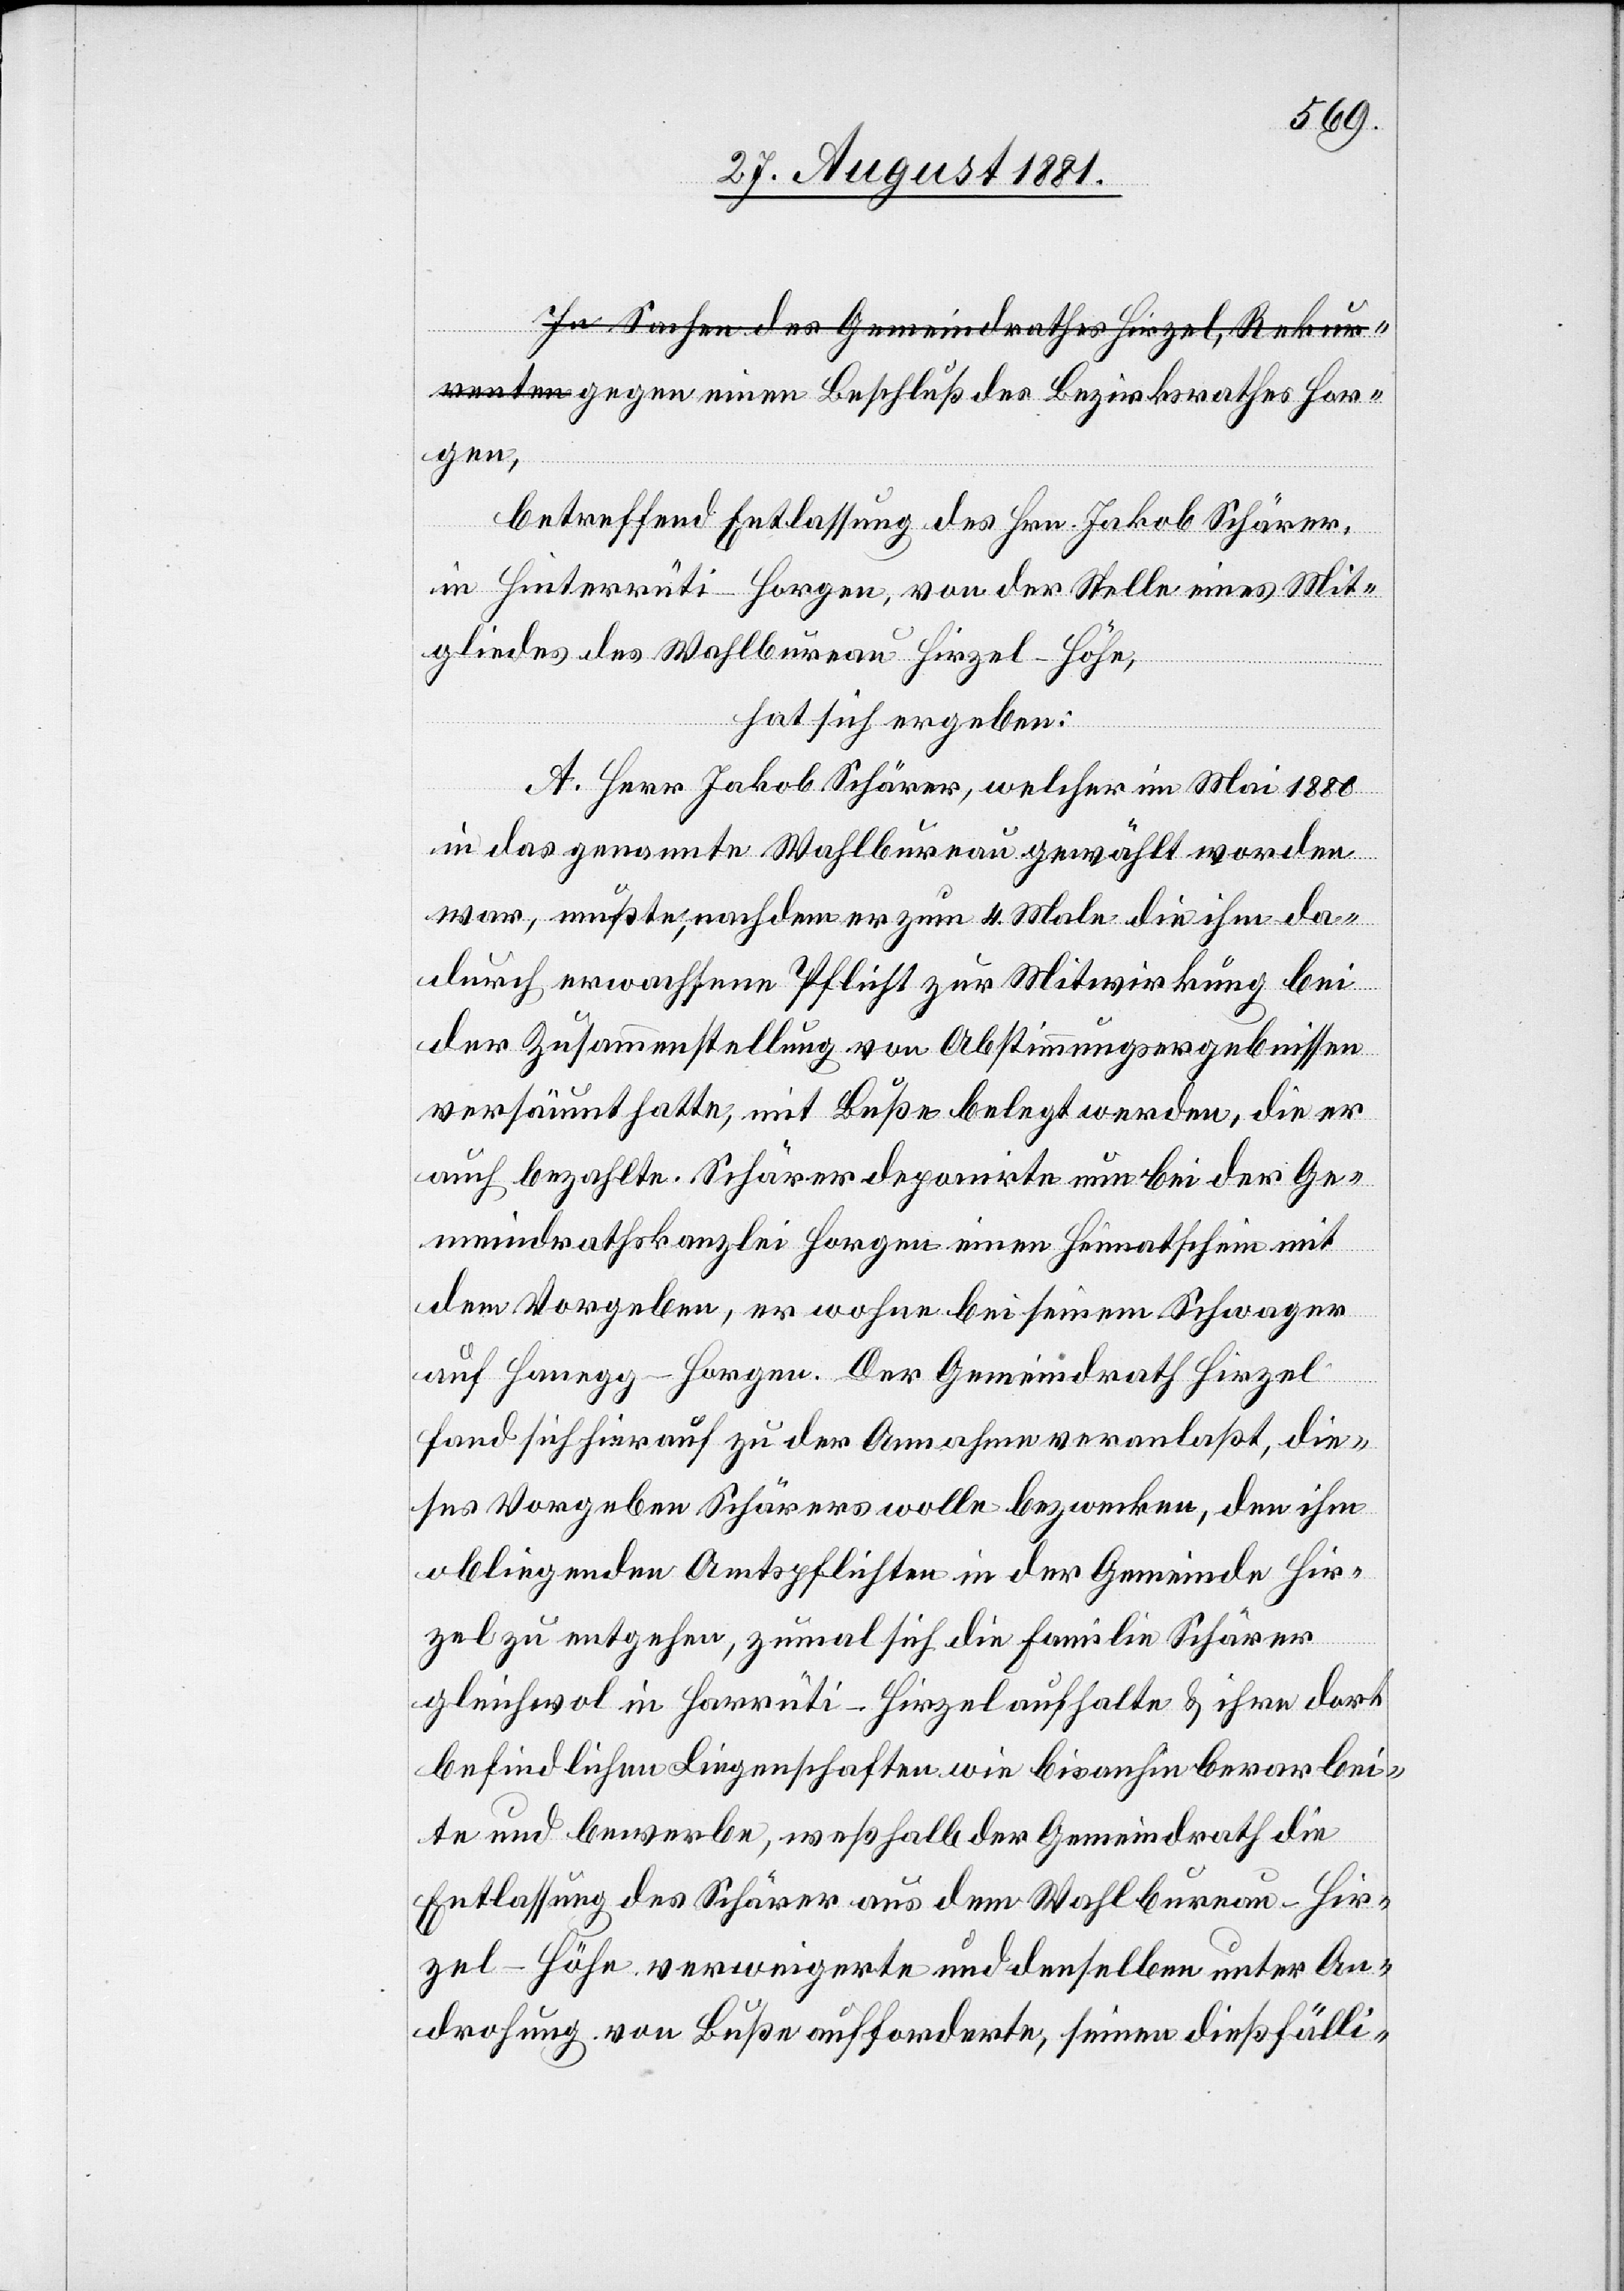
rgen,
betreffen Entlassung des Hrn. Jakob Schärer
in Hinterrüti - Horgen, von der Stelle eines Mit¬
gliedes des Wahlbureau Hirzel-Höhe,
hat sich ergeben:
A. Herr Jakob Schärer, welcher im Mai 1880
in das genannte Wahlbureau gewählt worden
war, mußte, nachdem er zum 4. Male die ihm da¬
durch erwachsene Pflicht zur Mitwirkung bei
der Zusammenstellung von Abstimmungsergebnissen
versäumt hatte, mit Buße belegt werden, die er
auch bezahlte. Schärer deponirte nun bei der Ge¬
meindrathskanzlei Horgen einen Heimatschein mit
dem Vorgeben, er wohne bei seinem Schwager
auf Hanegg - Horgen. Der Gemeindrath Hirzel
fand sich hierauf zu der Annahme veranlaßt, die¬
ses Vorgeben Schärers wolle bezwecken, den ihm
obliegenden Amtspflichten in der Gemeinde Hir¬
zel zu entgehen, zumal sich die Familie Schärer
gleichwol in Harrüti - Hirzel aufhalte & ihre dort
befindlichen Liegenschaften wie bis anhin berarbei¬
be¬
ite] und bewerbe, weßhalb der Gemeindrath die
Entlassung des Schärer aus dem Wahlbureau-Hir¬
zel-Höhe verweigerte und denselben unter An¬
drohung von Buße aufforderte, seinen dießfälli-